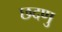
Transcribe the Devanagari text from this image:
छदणु